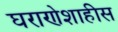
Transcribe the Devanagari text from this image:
घराणेशाहीस